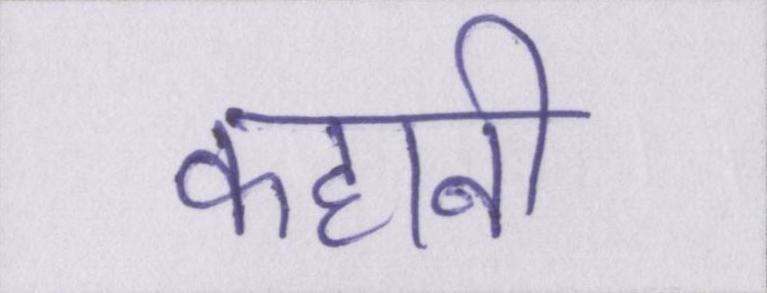
कहानी